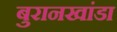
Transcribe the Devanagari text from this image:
बुरानखांडा